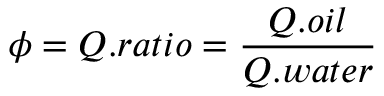
\phi = Q . r a t i o = \frac { Q . o i l } { Q . w a t e r }